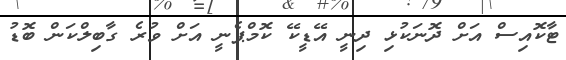
ޓާކޮއިސް އަށް ދޮނަކުޅި ދިނީ އޭޑީކޭ ކޮމްޕެނީ އަށް ވުރެ ގާބިލްކަން ބޮޑު